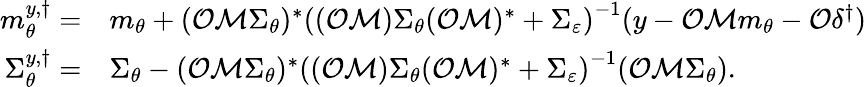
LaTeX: \begin{array}{rl}{m_{\theta}^{y,\dagger}=}&{m_{\theta}+(\mathcal{O}\mathcal{M}\Sigma_{\theta})^{\ast}\left((\mathcal{O}\mathcal{M})\Sigma_{\theta}(\mathcal{O}\mathcal{M})^{\ast}+\Sigma_{\varepsilon}\right)^{-1}(y-\mathcal{O}\mathcal{M}m_{\theta}-\mathcal{O}\delta^{\dagger})}\\ {\Sigma_{\theta}^{y,\dagger}=}&{\Sigma_{\theta}-(\mathcal{O}\mathcal{M}\Sigma_{\theta})^{\ast}\left((\mathcal{O}\mathcal{M})\Sigma_{\theta}(\mathcal{O}\mathcal{M})^{\ast}+\Sigma_{\varepsilon}\right)^{-1}(\mathcal{O}\mathcal{M}\Sigma_{\theta}).}\end{array}